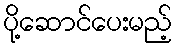
ပို့ဆောင်ပေးမည့်